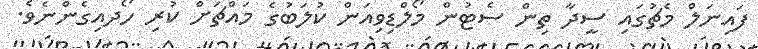
ފައިނަލް މެޗުގައި ސީދާ ތިން ސެޓުން މޯލްޑިވިއަން ކުލަބުގެ މައްޗަށް ކުރި ހޯދއިގެންނެވެ.